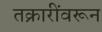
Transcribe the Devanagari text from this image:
तक्रारींवरून